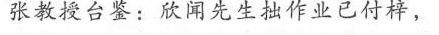
张教授台鉴：欣闻先生拙作业已付梓，